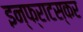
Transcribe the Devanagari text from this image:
इन्फ्राटस्कर